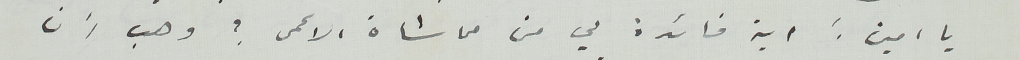
يا امين: اية فائدة لي من مماشاة الاعمى؟ وهب أن